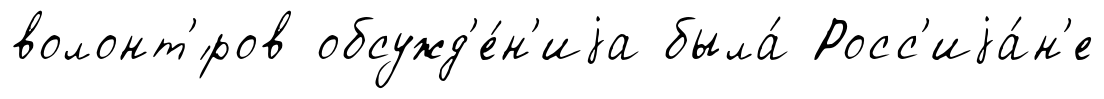
волонт'́ров обсужд'е́н'иjа была́ Росс'иjа́н'е